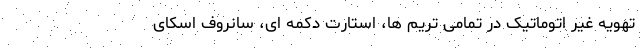
تهویه غیر اتوماتیک در تمامی تریم ها، استارت دکمه ای، سانروف اسکای